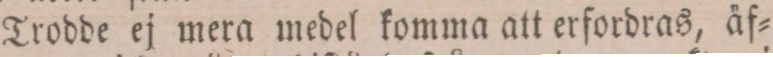
Trodde ej mera medel komma att erfordras, äf=